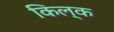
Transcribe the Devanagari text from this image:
किल्क